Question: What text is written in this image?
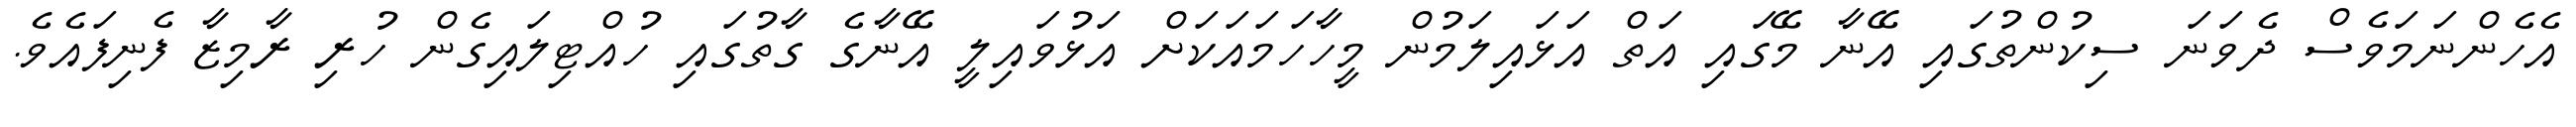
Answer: އެހެންނަމަވެސް ދެވަނަ ސިކުންތުގައި އޭނާ މޭގައި އަތް އަޅައިލަމުން މީހާހަމައަކަށް އަޅުވައިލީ އޭނާގެ ގާތުގައި ހުއްޓިލައިގެން ހުރި ރާމިޒާ ފެނިފައެވެ.